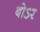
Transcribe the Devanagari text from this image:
बोऽर